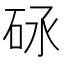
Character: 𥑝